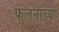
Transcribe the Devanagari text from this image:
फलनांच्या